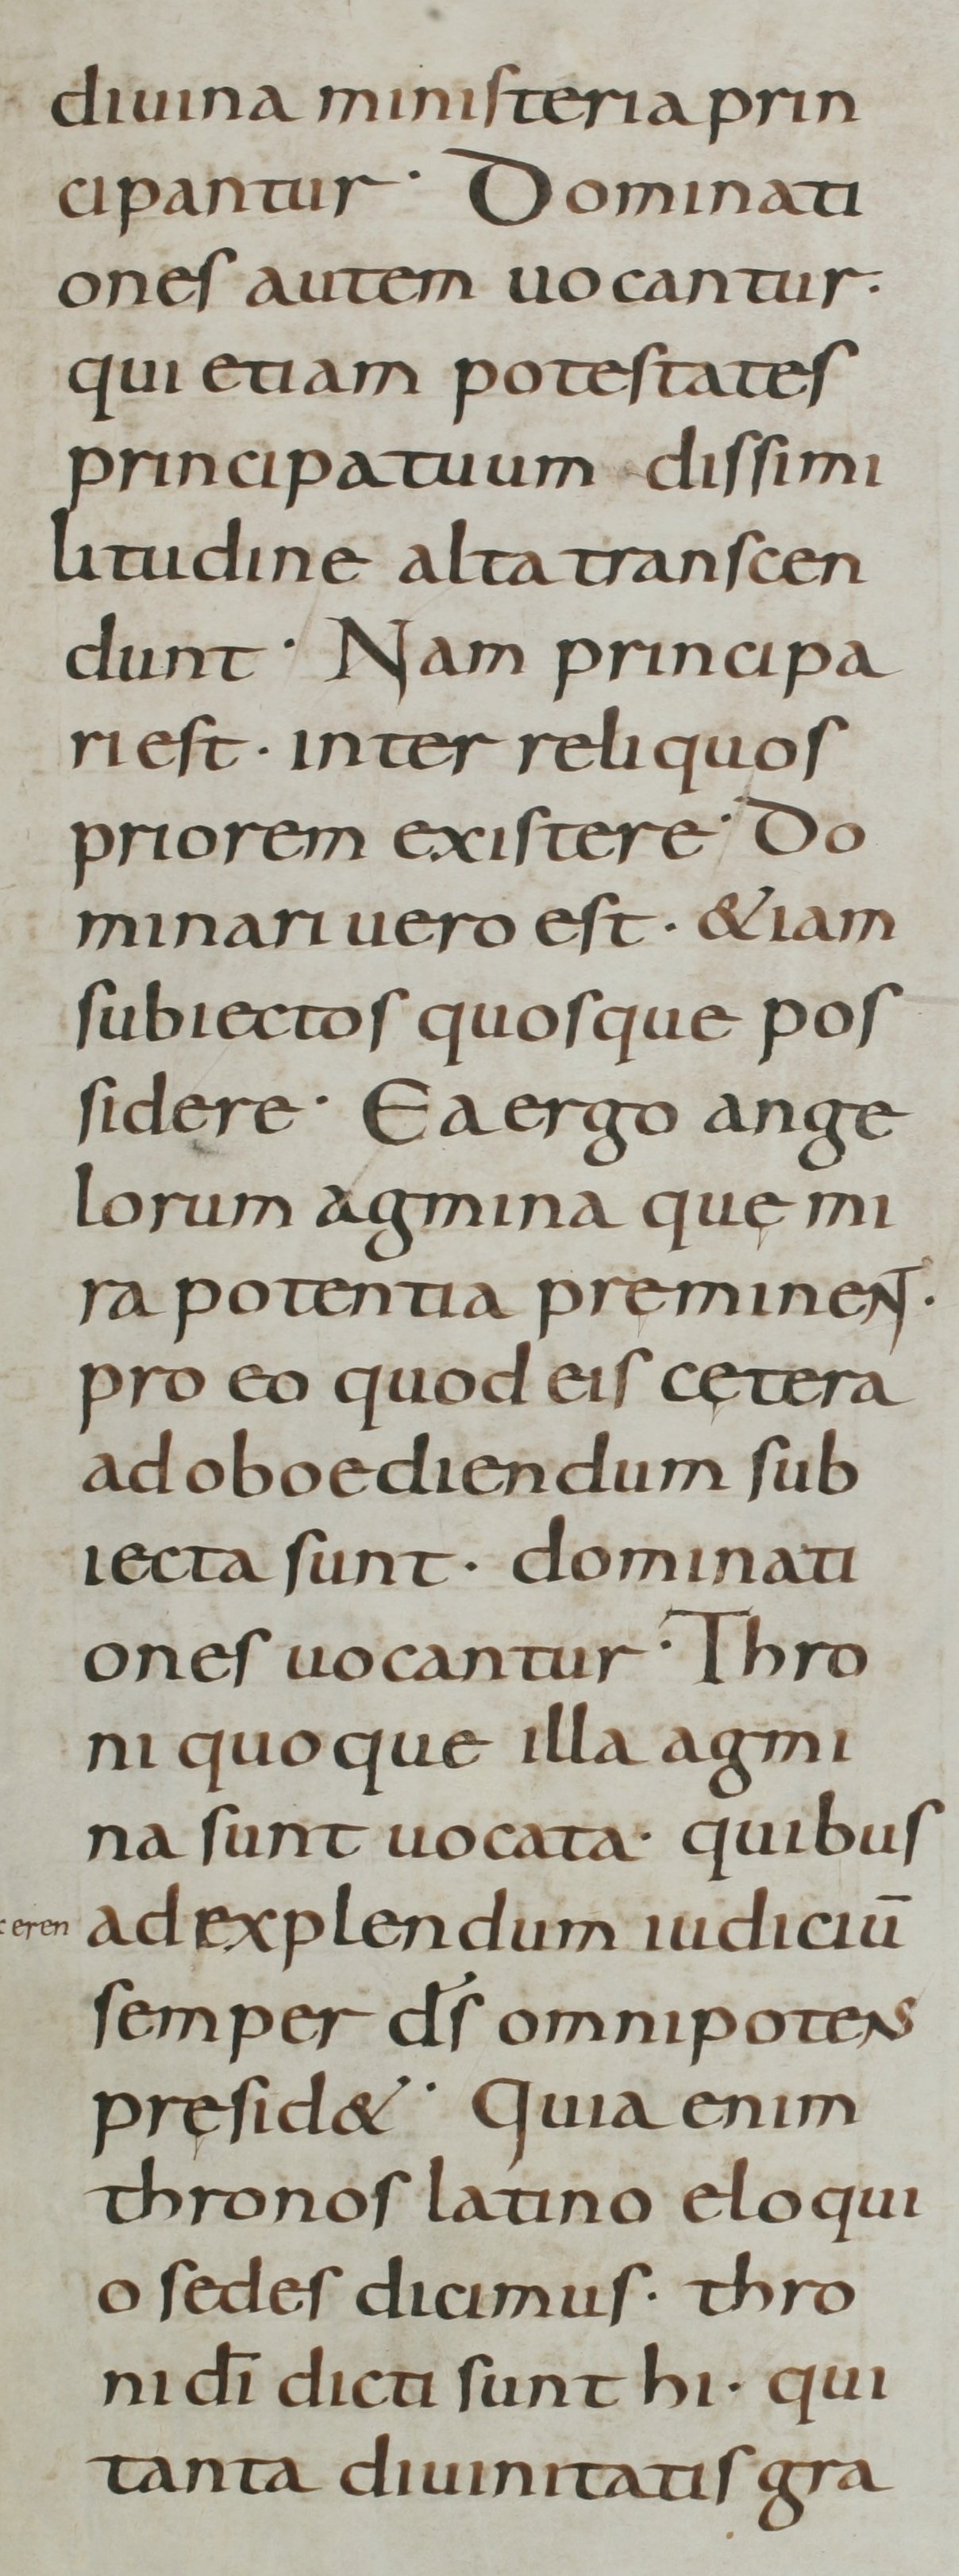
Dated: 800–899